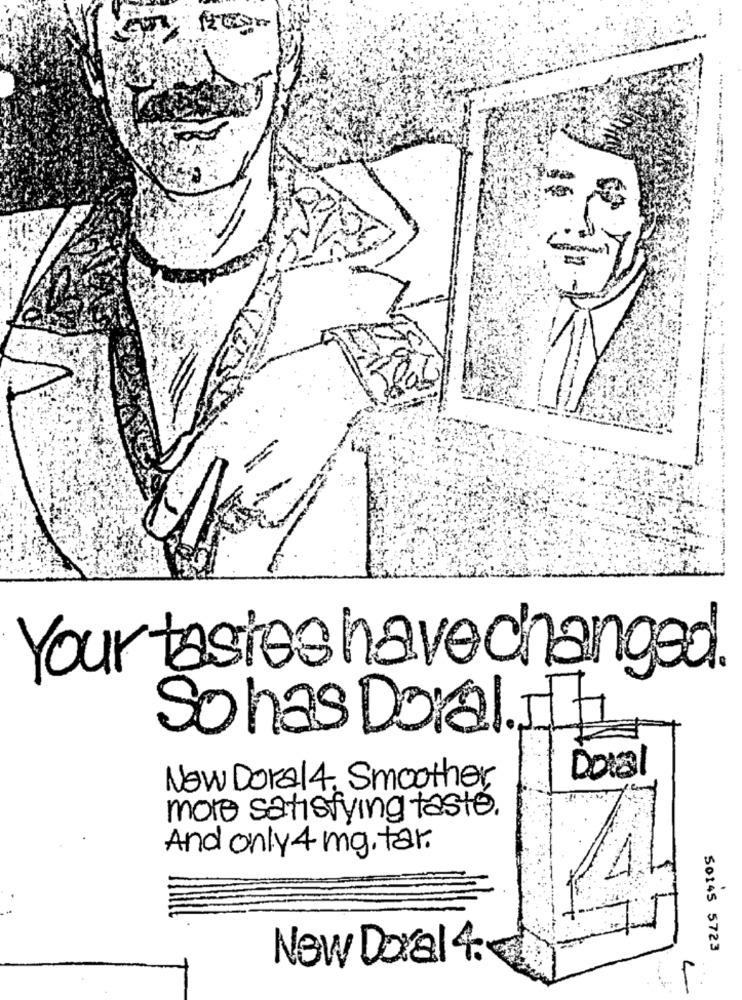
Your tastes have changed
So has Doral. IT
Dotal
New Dora14, Smoother,
more satisfying taste.
And only 4 mg. tar.
50145 5723
New Doral 4.